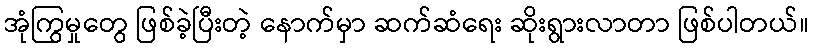
အုံကြွမှုတွေ ဖြစ်ခဲ့ပြီးတဲ့ နောက်မှာ ဆက်ဆံရေး ဆိုးရွားလာတာ ဖြစ်ပါတယ်။